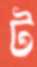
ট